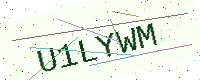
Text: U1LYWM